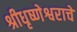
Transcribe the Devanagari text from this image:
श्रीधृष्णेश्वराचे